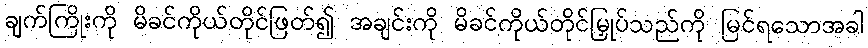
ချက်ကြိုးကို မိခင်ကိုယ်တိုင်ဖြတ်၍ အချင်းကို မိခင်ကိုယ်တိုင်မြှုပ်သည်ကို မြင်ရသောအခါ